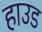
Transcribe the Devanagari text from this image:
हाउड